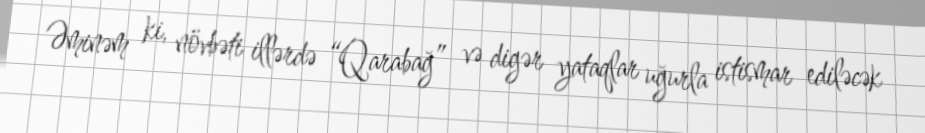
Əminəm ki, növbəti illərdə “Qarabağ” və digər yataqlar uğurla istismar ediləcək